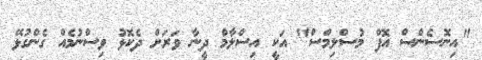
"އިނޮސެންސް އޮފް މުސްލިމްސް" އަކީ އިސްލާމް ދީނާ ވަރަށް ދެކޮޅު ވިސްނުމެއް ގެންގުޅޭ